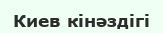
Киев кінәздігі